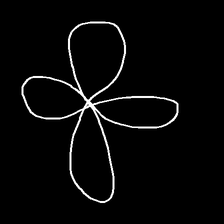
Glyph: billowing